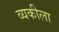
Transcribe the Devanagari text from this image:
व्यकीला